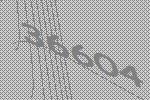
36604